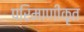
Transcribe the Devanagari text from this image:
परिमाणीकृत